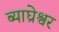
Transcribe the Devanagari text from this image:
ब्याघ्रेश्वर